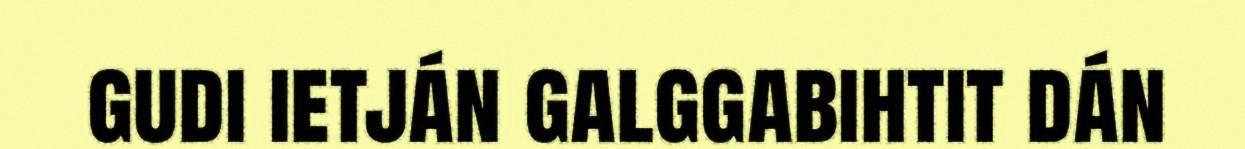
gudi ietján galggabihtit dán